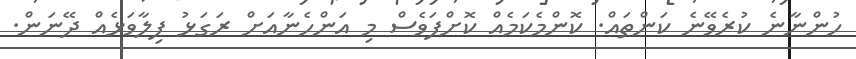
ހުންނާނެ ކުރެވޭނެ ކަންތައް. ކޮންމެކަމެއް ކޮށްފަވެސް މި އަންހެނާއަށް ރަގަޅު ފިލާވަޅެއް ދޭނަން.